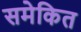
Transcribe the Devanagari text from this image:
समेकित